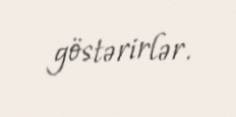
göstərirlər.